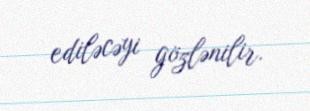
ediləcəyi gözlənilir.